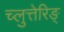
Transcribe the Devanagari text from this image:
च्लुत्तेरिङ्